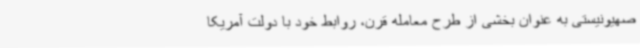
صهیونیستی به عنوان بخشی از طرح معامله قرن، روابط خود با دولت آمریکا